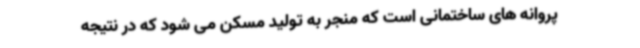
پروانه های ساختمانی است که منجر به تولید مسکن می شود که در نتیجه